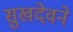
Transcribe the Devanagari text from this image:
सुखदेवने